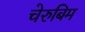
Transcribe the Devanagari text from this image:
चेरुबिम